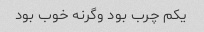
یکم چرب بود وگرنه خوب بود